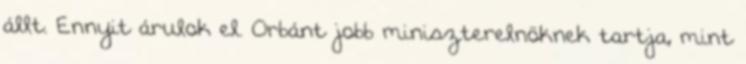
állt. Ennyit árulok el. Orbánt jobb miniszterelnöknek tartja, mint